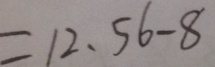
= 1 2 . 5 6 - 8